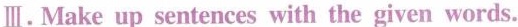
Ⅲ.Make up sentences with the given words.